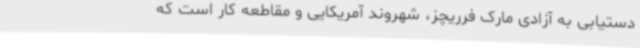
دستیابی به آزادی مارک فرریچز، شهروند آمریکایی و مقاطعه کار است که